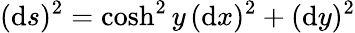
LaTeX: (\mathrm{d}s)^{2}=\cosh^{2}y\, (\mathrm{d}x)^{2}+(\mathrm{d}y)^{2}